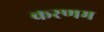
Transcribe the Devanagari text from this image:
करणम